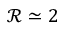
\mathcal { R } \simeq 2